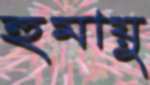
হুমায়ু